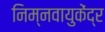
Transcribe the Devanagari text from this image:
निम्नवायुकेंद्र